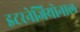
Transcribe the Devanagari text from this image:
इटरनेजियोनाल